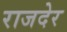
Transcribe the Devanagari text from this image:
राजदेर